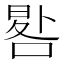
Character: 𠷳